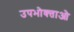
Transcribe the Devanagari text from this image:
उपभोक्‍ताओ